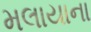
મલાયાના